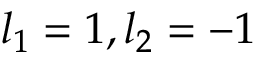
l _ { 1 } = 1 , l _ { 2 } = - 1